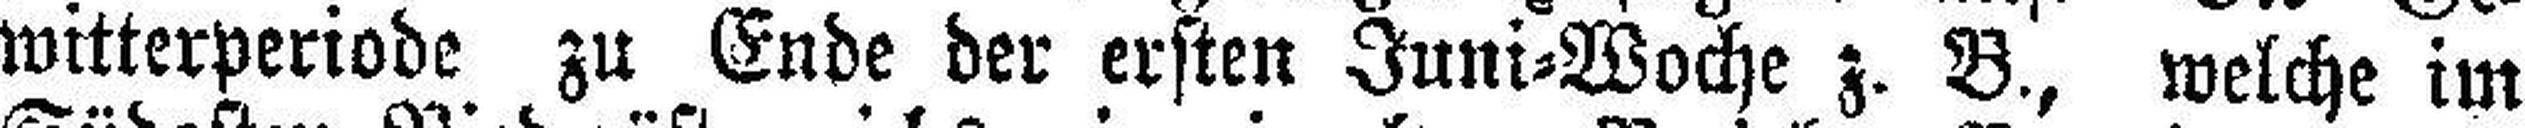
witterperiode zu Ende der ersten Juni=Woche z. B., welche im